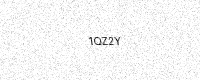
Text: 1QZ2Y